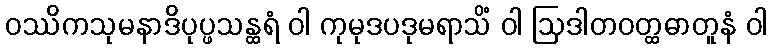
ဝဿိကသုမနာဒိပုပ္ဖသန္ထရံ ဝါ ကုမုဒပဒုမရာသိံ ဝါ ဩဒါတဝတ္ထဓာတူနံ ဝါ